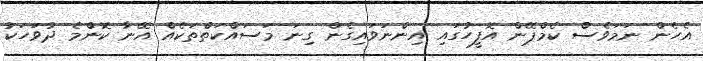
އެހެން ނަމަވެސް ކެމްޕޭން އޮފީހުގައި އިންނަވައިގެން ގިނަ މަސައްކަތްތަކެއް އޭނާ ކޮންމެ ދުވަހަކު